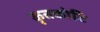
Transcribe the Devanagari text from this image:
कृतकोटि